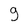
Character: 9